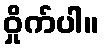
ဝှိုက်ပါ။